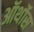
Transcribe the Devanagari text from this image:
ऑर्थोस